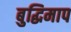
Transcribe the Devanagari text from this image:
बुद्धिमाप